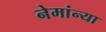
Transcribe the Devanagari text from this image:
नेमांन्या